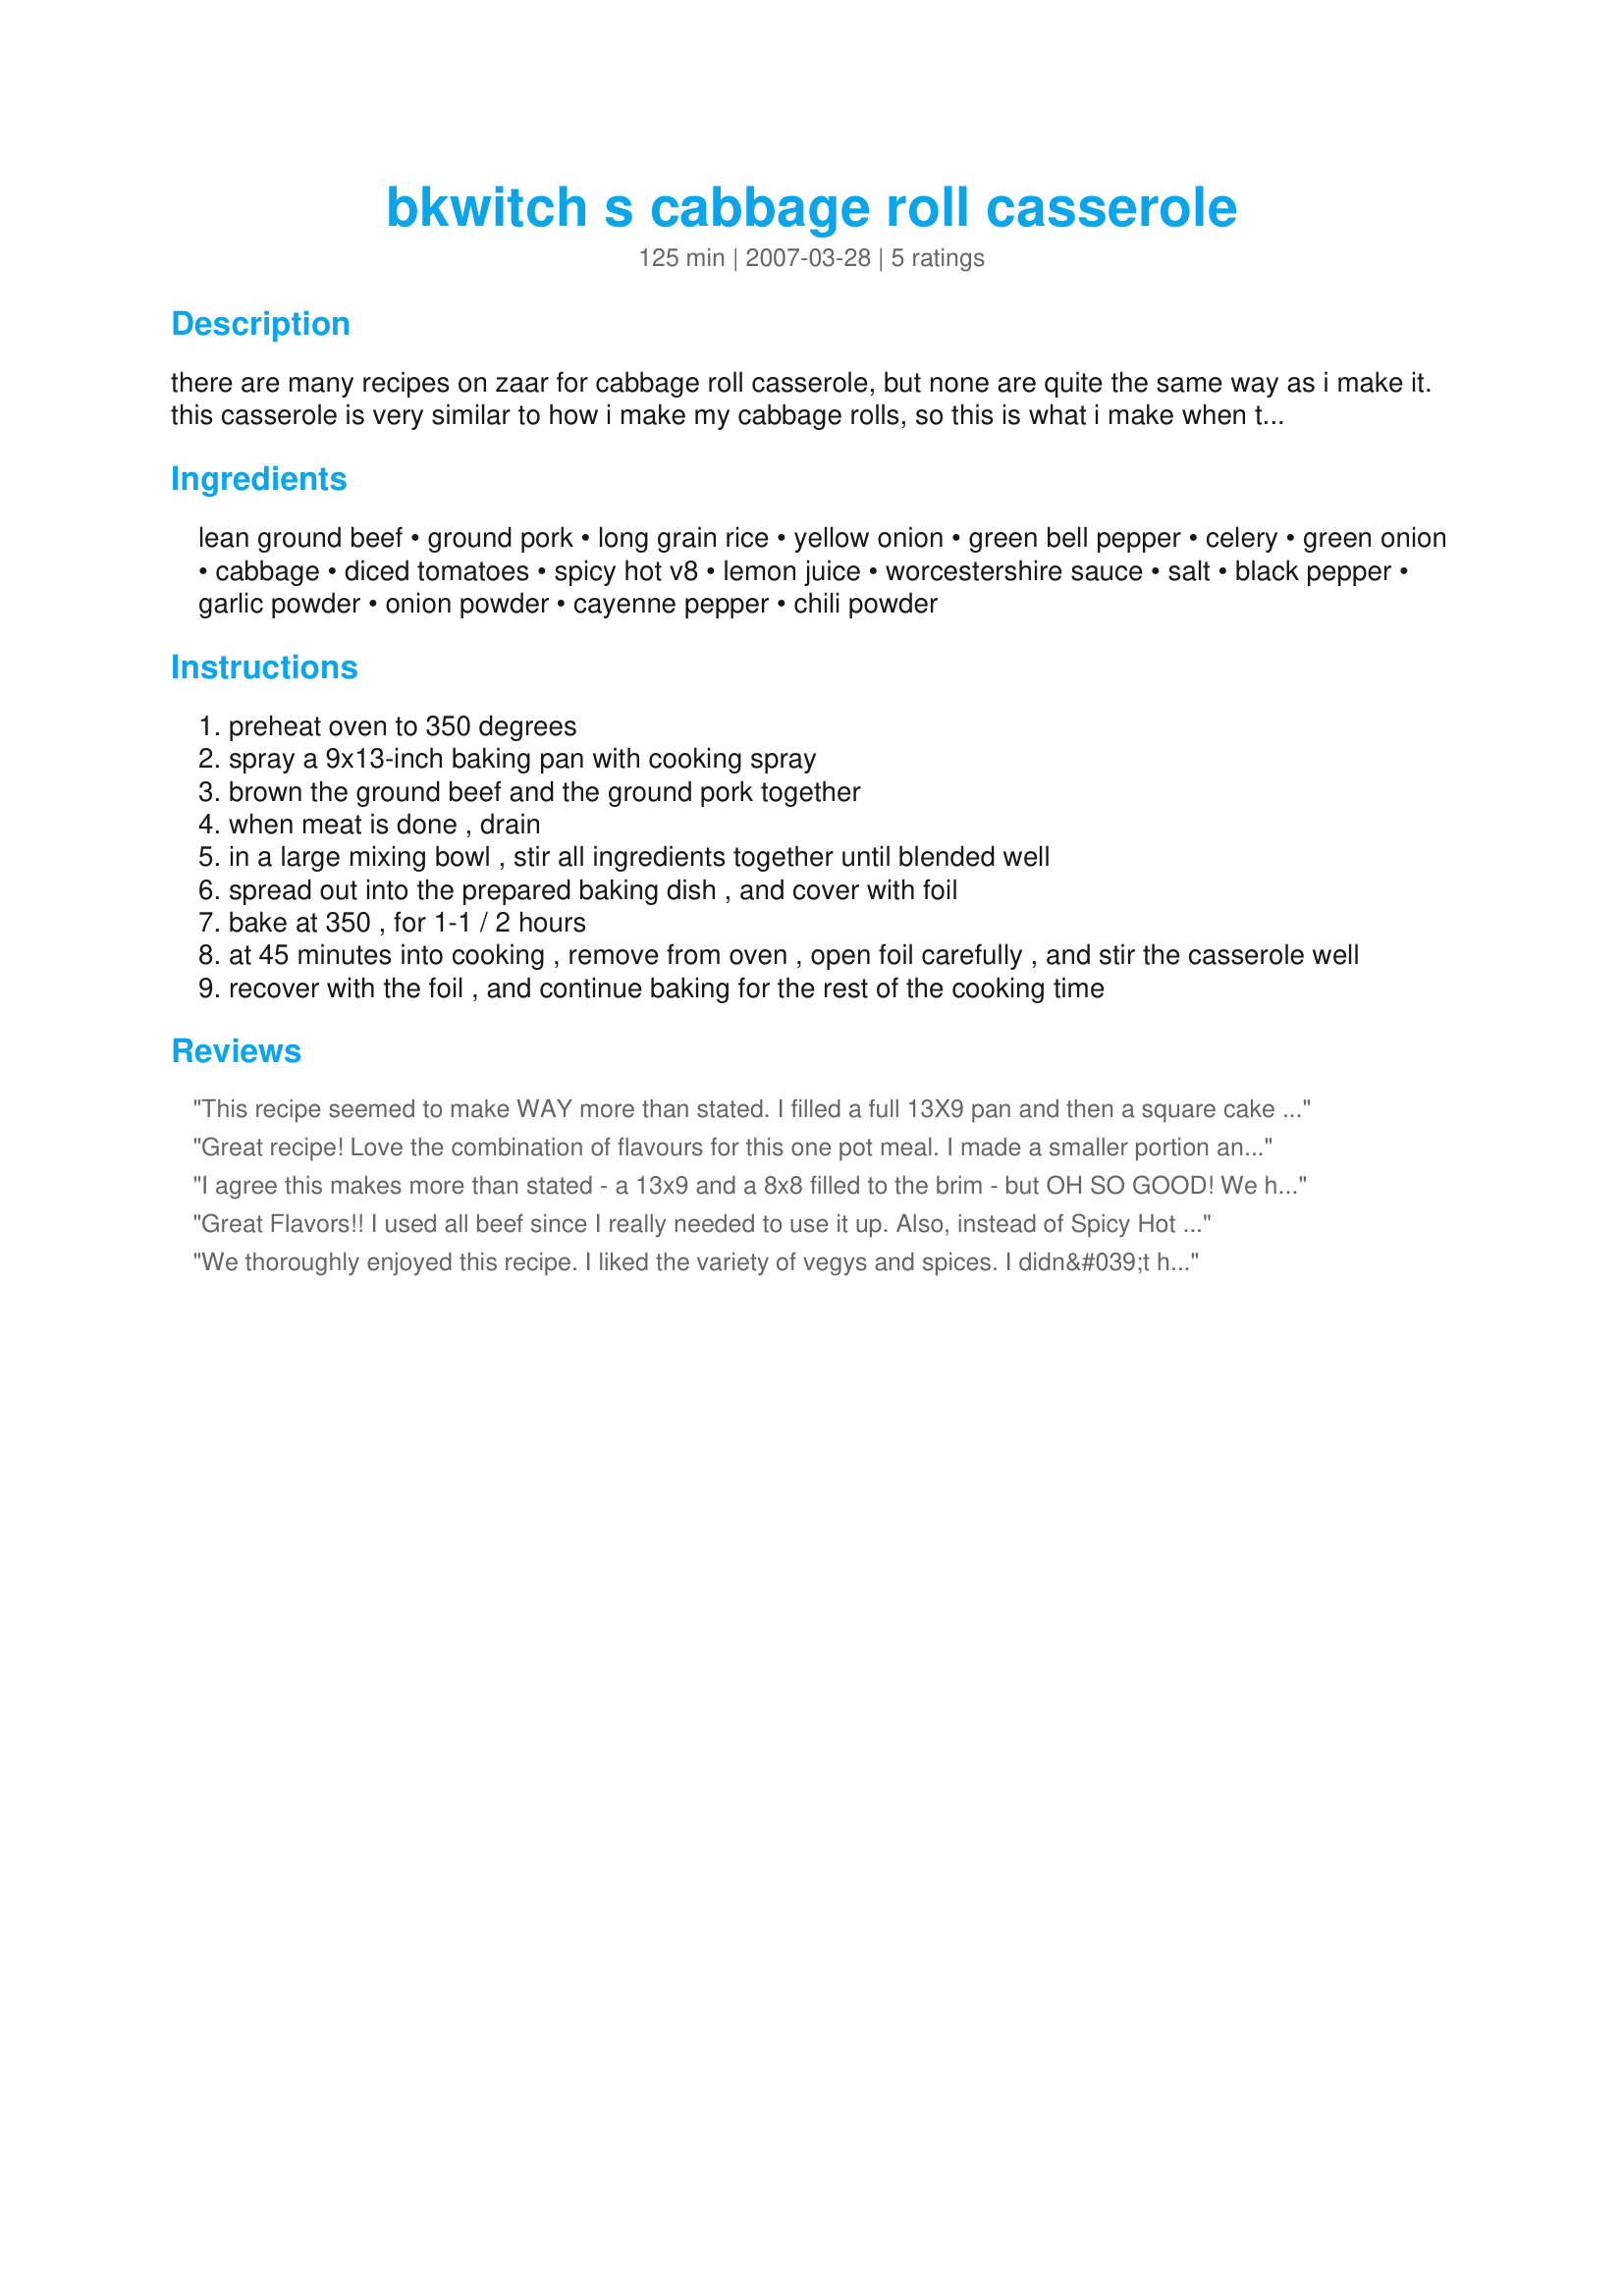
bkwitch s cabbage roll casserole
Preparation time: 125 minutes

there are many recipes on zaar for cabbage roll casserole, but none are quite the same way as i make it. this casserole is very similar to how i make my cabbage rolls, so this is what i make when the family wants my rolls, but i don't have the time to make them.

Ingredients:
lean ground beef, ground pork, long grain rice, yellow onion, green bell pepper, celery, green onion, cabbage, diced tomatoes, spicy hot v8, lemon juice, worcestershire sauce, salt, black pepper, garlic powder, onion powder, cayenne pepper, chili powder

Steps:
preheat oven to 350 degrees
spray a 9x13-inch baking pan with cooking spray
brown the ground beef and the ground pork together
when meat is done , drain
in a large mixing bowl , stir all ingredients together until blended well
spread out into the prepared baking dish , and cover with foil
bake at 350 , for 1-1 / 2 hours
at 45 minutes into cooking , remove from oven , open foil carefully , and stir the casserole well
recover with the foil , and continue baking for the rest of the cooking time

Reviews:
This recipe seemed to make WAY more than stated. I filled a full 13X9 pan and then a square cake pan as well. I followed the directions very carefully, too, as far as the amts of the ingredients. I was not crazy about the flavor. I am used to cabbage rolls made with a tomato soup base, not so spicy. I don't think I would make this again, though I can see where some people would like it very much.
Great recipe! Love the combination of flavours for this one pot meal. I made a smaller portion and cooked it in the slow cooker at Low for 6 hours; came out perfect.
I made this for PAC; thanks for posting this one.
Rita
I agree this makes more than stated - a 13x9 and a 8x8 filled to the brim - but OH SO GOOD! We had to add salt and pepper at table - personal preference. I did not stir at half time because I was on the mower... everything turned out great regardless! Also, I always have to ad lib to fit my pantry, and this time it was replacing the V8 with chicken broth and a can of tomato soup just for fun - bumped the ground beef to 1.5 pounds make up for lack of pork. Great recipe!
Great Flavors!! I used all beef since I really needed to use it up. Also, instead of Spicy Hot V8, I used Low Sodium V8 and a can of diced tomatoes with green chiles for the heat factor. Ended up using a heaping Cup of rice 'cuz that's all I had and it worked out perfect. The time and temperature were right on. Reheats beautifully in the microwave. I sprinkled a little grated Parmesan on my leftovers tonight and it was yummy!! Thanks for posting, Witchy-poo :)
We thoroughly enjoyed this recipe. I liked the variety of vegys and spices. I didn&#039;t have spicy V8 juice so I improvised and used a combination of hot chili sauce &amp; tomato juice. I increased the meat abit and added some finely chopped fresh jalapeno. To save time, I cooked in my electronic pressure cooker &amp; it worked great. I took the others advice &amp; cut the recipe in 1/2. Wonderful flavours, thanks for sharing.
